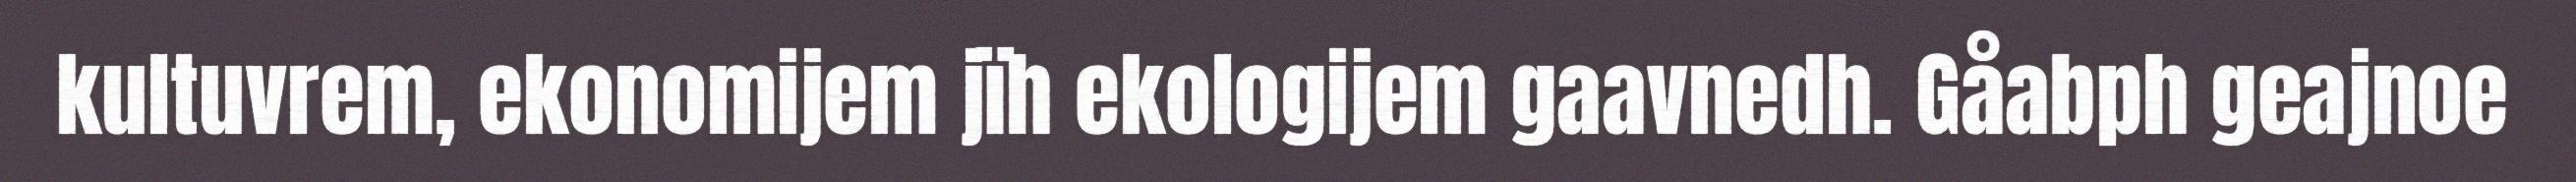
kultuvrem, ekonomijem jïh ekologijem gaavnedh. Gåabph geajnoe